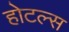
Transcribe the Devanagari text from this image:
होटल्‍स